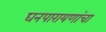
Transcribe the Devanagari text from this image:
घनपारायणांचा